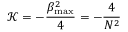
\mathcal { K } = - \frac { \beta _ { \mathrm { m a x } } ^ { 2 } } { 4 } = - \frac { 4 } { N ^ { 2 } }